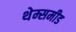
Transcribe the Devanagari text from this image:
थेम्समीड